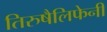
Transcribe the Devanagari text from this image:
तिरुषैलिफेनी